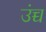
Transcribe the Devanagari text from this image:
उंच्च